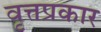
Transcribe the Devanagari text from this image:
वृत्तप्रकार